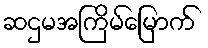
ဆဌမအကြိမ်မြောက်